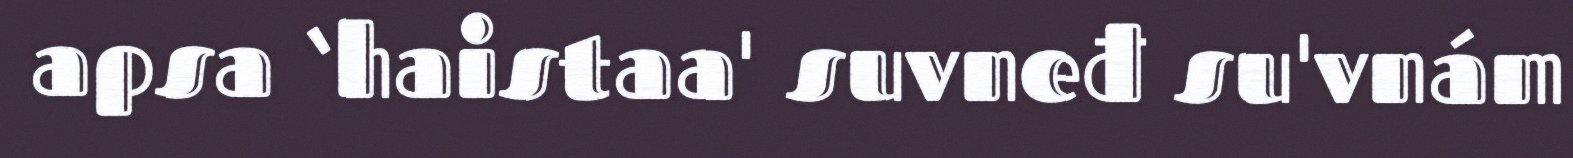
apsa ‘haistaa' suvneđ su'vnám